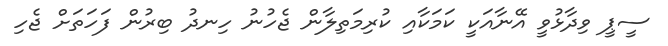
ސީޕީ ވިދާޅުވީ އޭނާއަކީ ކަމަކާއި ކުރިމަތިލާން ޖެހުނު ހިނދު ބިރުން ފަހަތަށް ޖެހި